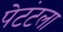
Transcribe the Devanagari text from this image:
पेटंटला